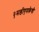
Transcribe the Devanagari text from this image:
एमडीएमकेची